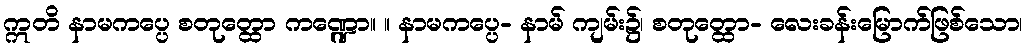
ဣတိ နာမကပ္ပေ စတုတ္ထော ကဏ္ဍော။ ။ နာမကပ္ပေ- နာမ် ကျမ်း၌၊ စတုတ္ထော- လေးခန်းမြောက်ဖြစ်သော၊